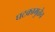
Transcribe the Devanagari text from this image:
घटकामुळेच